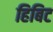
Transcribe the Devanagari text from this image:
हिबिट